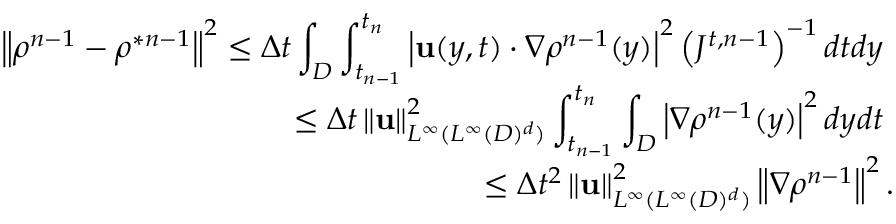
\begin{array} { r } { \left\Vert \rho ^ { n - 1 } - \rho ^ { \ast n - 1 } \right\Vert ^ { 2 } \leq \Delta t \displaystyle \int _ { D } \int _ { t _ { n - 1 } } ^ { t _ { n } } \left\vert \mathbf { u } ( y , t ) \cdot \nabla \rho ^ { n - 1 } ( y ) \right\vert ^ { 2 } \left( J ^ { t , n - 1 } \right) ^ { - 1 } d t d y \ } \\ { \leq \Delta t \left\Vert \mathbf { u } \right\Vert _ { L ^ { \infty } ( L ^ { \infty } ( D ) ^ { d } ) } ^ { 2 } \displaystyle \int _ { t _ { n - 1 } } ^ { t _ { n } } \int _ { D } \left\vert \nabla \rho ^ { n - 1 } ( y ) \right\vert ^ { 2 } d y d t \mathrm { ~ } } \\ { \leq \Delta t ^ { 2 } \left\Vert \mathbf { u } \right\Vert _ { L ^ { \infty } ( L ^ { \infty } ( D ) ^ { d } ) } ^ { 2 } \left\Vert \nabla \rho ^ { n - 1 } \right\Vert ^ { 2 } . } \end{array}